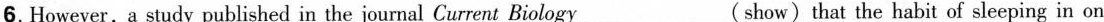
6.However,a study published in the journal Current Biology___( show)that the habit of sleeping in on